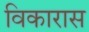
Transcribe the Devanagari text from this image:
विकारास